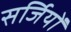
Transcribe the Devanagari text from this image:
सर्जियों